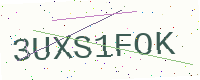
Text: 3UXS1FOK